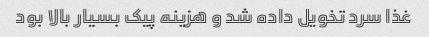
غذا سرد تخویل داده شد و هزینه پیک بسیار بالا بود